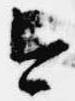
今